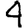
Digit: 4